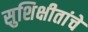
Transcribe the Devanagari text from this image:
सुशिक्षीतांचे